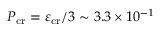
P _ { \mathrm { c r } } = \varepsilon _ { \mathrm { c r } } / 3 \sim 3 . 3 \times 1 0 ^ { - 1 }